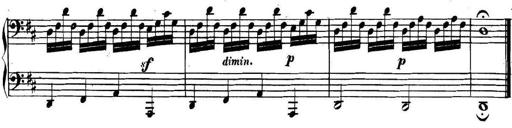
Title: Collected Piano Sonatas
Composer: Muzio Clementi